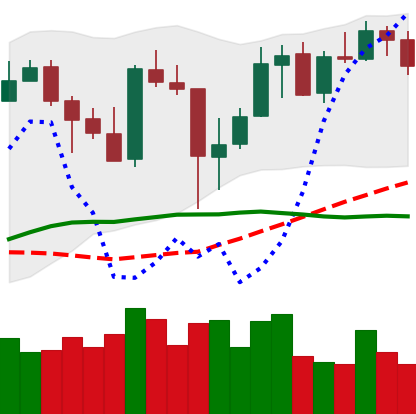
Ticker: XMR-USD
Chart end date: 2020-05-20
Forward return: -4.768%
Label: down_3_5